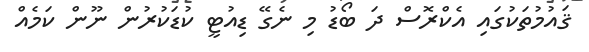
ޤައުމުތަކުގައި އެކްރޮސް ދަ ބޯޑު މި ނެގޭ ޑިއުޓީ ކުޑަކުރުން ނޫން ކަމެއް